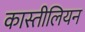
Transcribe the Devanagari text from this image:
कास्तीलियन